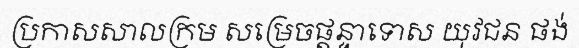
ប្រកាសសាលក្រម សម្រេចផ្តន្ទាទោស យុវជន ផង់